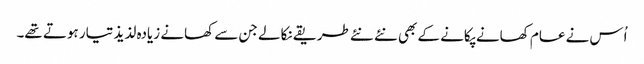
اُس نے عام کھانے پکانے کے بھی نئے نئے طریقے نکالے جن سے کھانے زیادہ لذیذ تیار ہوتے تھے۔